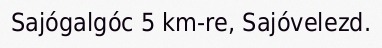
Sajógalgóc 5 km-re, Sajóvelezd.